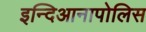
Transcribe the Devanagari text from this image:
इन्दिआनापोलिस